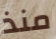
منذ